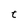
Character: t